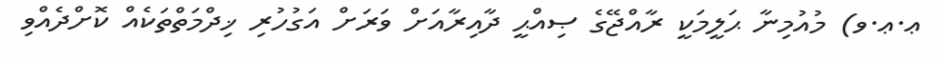
ޢ.ޢ.ވ) މުއުމިނާ ޙަލީމަކީ ރާއްޖޭގެ ޞިއްޙީ ދާއިރާއަށް ވަރަށް އަގުހުރި ޚިދްމަތްތަކެއް ކޮށްދެއްވި